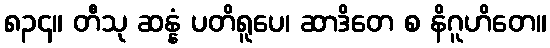
၈၃၄။ တီသု ဆန္နံ ပတိရူပေ၊ ဆာဒိတေ စ နိဂူဟိတေ။